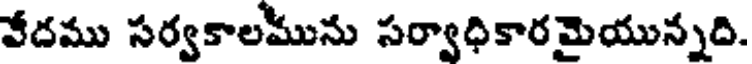
వేదము సర్వకాలమును సర్వాధికారమైయున్నది.